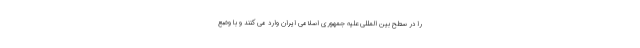
را در سطح بین المللی علیه جمهوری اسلامی ایران وارد می کنند و با وضع